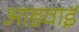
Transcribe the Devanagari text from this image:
आडवाई